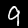
Digit: 9